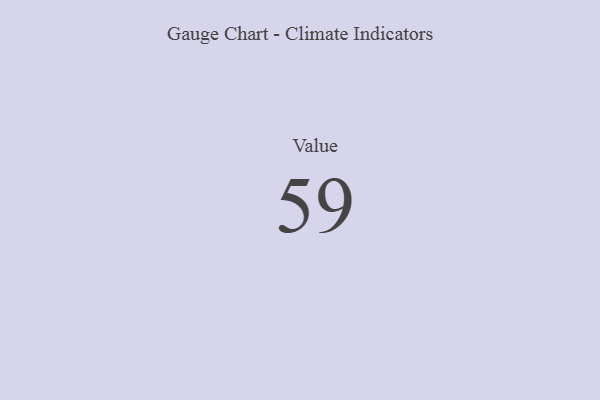
{"axis": {"x": "Metric", "y": "Value"}, "legend": [""], "data": [{"x": "Value", "y": 59, "type": ""}]}